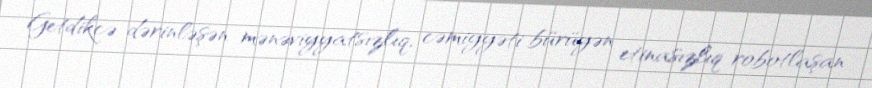
Getdikcə dərinləşən mənəviyyatsızlıq, cəmiyyəti bürüyən etinasızlıq robotlaşan